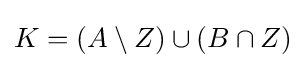
K=(A\setminus Z)\cup (B\cap Z)